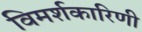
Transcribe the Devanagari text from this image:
विमर्शकारिणी